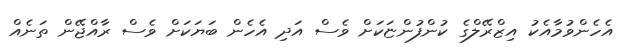
އެހެންވުމާއެކު އިޒްރޭލްގެ ކުންފުންޏަކަށް ވެސް އަދި އެހެން ބަޔަކަށް ވެސް ރާއްޖޭން ތަނެއް